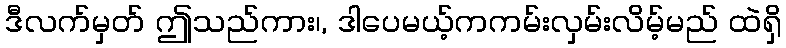
ဒီလက်မှတ် ဤသည်ကား၊, ဒါပေမယ့်ကကမ်းလှမ်းလိမ့်မည် ထဲရှိ